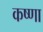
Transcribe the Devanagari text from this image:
कष्णा